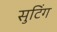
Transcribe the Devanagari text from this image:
सुटिंग